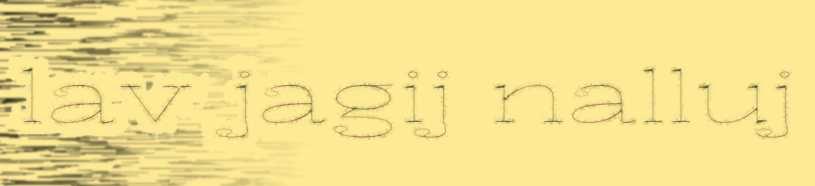
lav jagij nalluj